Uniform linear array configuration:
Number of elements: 8
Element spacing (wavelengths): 0.25
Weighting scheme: binomial
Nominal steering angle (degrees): -15
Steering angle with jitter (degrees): -15.905
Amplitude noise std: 0.05
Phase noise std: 0.05

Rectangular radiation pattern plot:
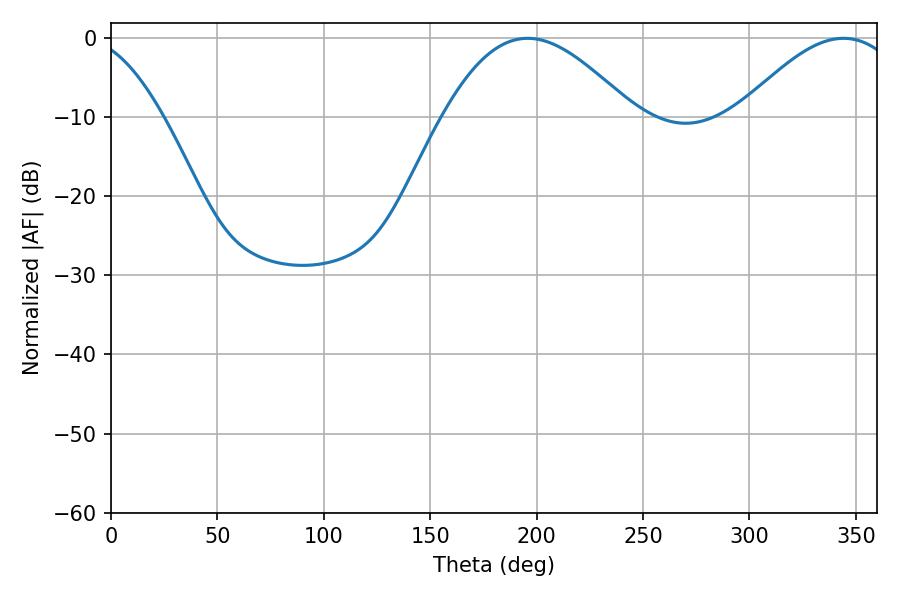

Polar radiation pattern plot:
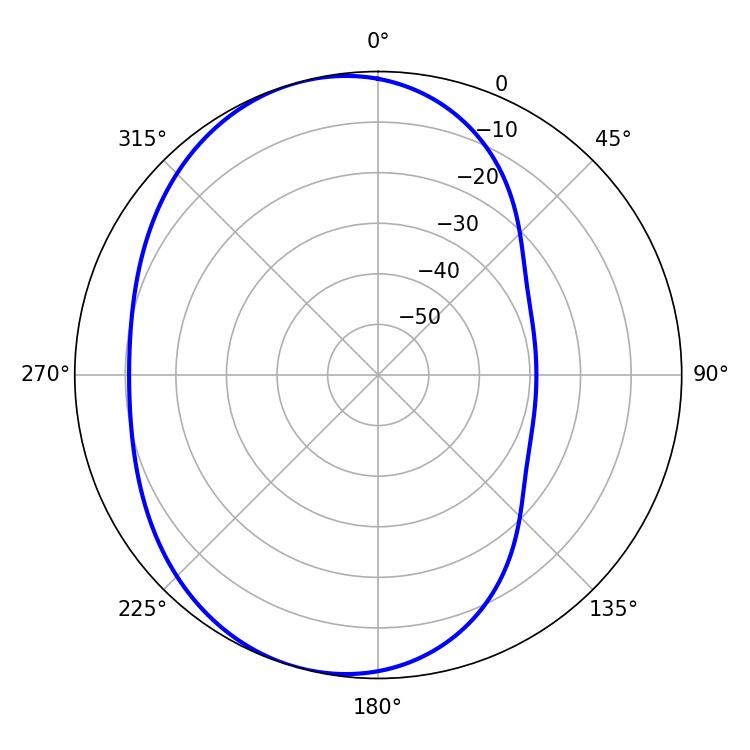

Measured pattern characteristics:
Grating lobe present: FALSE
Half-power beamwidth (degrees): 48.24
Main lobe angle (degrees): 195.84